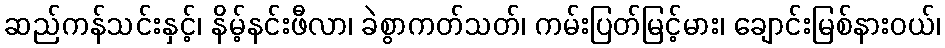
ဆည်ကန်သင်းနှင့်၊ နိမ့်နင်းဖီလာ၊ ခဲစွာကတ်သတ်၊ ကမ်းပြတ်မြင့်မား၊ ချောင်းမြစ်နားဝယ်၊